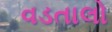
વડતાલો